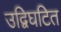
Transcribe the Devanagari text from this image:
उद्विघटित